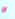
لا